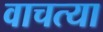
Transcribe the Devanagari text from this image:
वाचत्या